Indian journal of veterinary science and animal husbandry - Volume 4,
Year: 1934
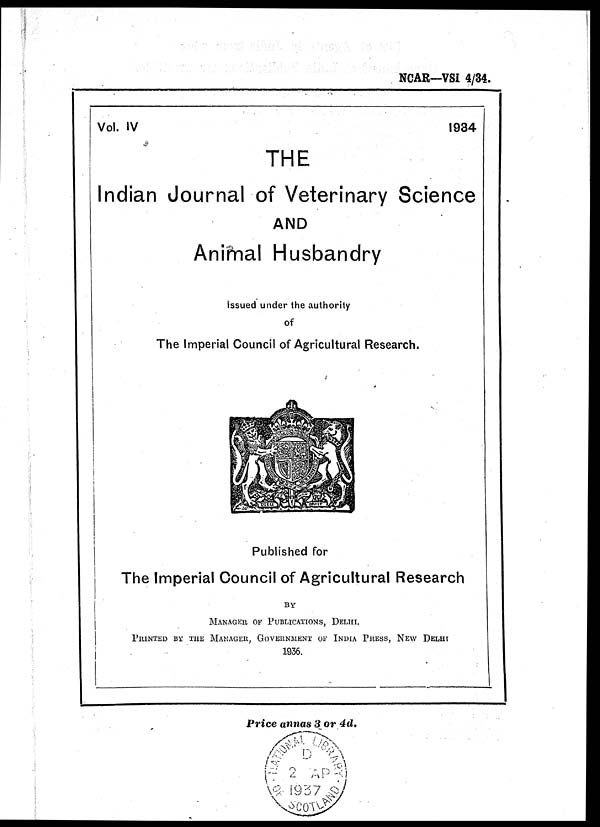
NCAR—VSI 4/34.
Vol. IV
1984
THE
Indian Journal of Veterinary Science
AND
Animal Husbandry
Issued under the authority
of
The Imperial Council of Agricultural Research.
Published for
The Imperial Council of Agricultural Research
BY
MANAGER OF PUBLICATIONS, DELHI.
PRINTED BY THE MANAGER, GOVERNMENT OF INDIA PRESS, NEW DELHI
1936.
Price annas 3 or 4d.